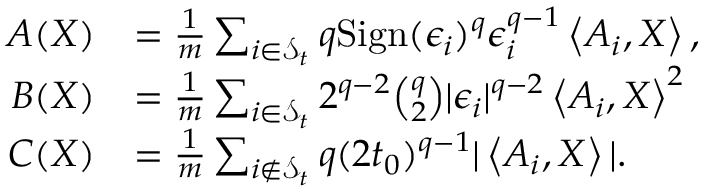
\begin{array} { r l } { A ( X ) } & { = \frac { 1 } { m } \sum _ { i \in \mathcal { S } _ { t } } q \mathrm { S i g n } ( \epsilon _ { i } ) ^ { q } \epsilon _ { i } ^ { q - 1 } \left\langle A _ { i } , X \right\rangle , } \\ { B ( X ) } & { = \frac { 1 } { m } \sum _ { i \in \mathcal { S } _ { t } } 2 ^ { q - 2 } \binom { q } { 2 } | \epsilon _ { i } | ^ { q - 2 } \left\langle A _ { i } , X \right\rangle ^ { 2 } } \\ { C ( X ) } & { = \frac { 1 } { m } \sum _ { i \not \in \mathcal { S } _ { t } } q ( 2 t _ { 0 } ) ^ { q - 1 } | \left\langle A _ { i } , X \right\rangle | . } \end{array}